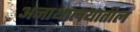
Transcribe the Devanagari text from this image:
अनाथालयांतील